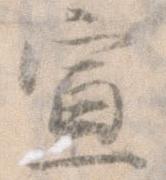
宣